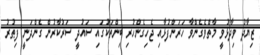
ޒިޔާދު ވިދާޅުވީ މާތްވެގެންވާ ހަރަންފުޅާއި ޖެހިގެންހުރި ބިންތަކުގައި ސައުދީ ސަރުކާރުން ގެންދަނީ ފިޠުރު